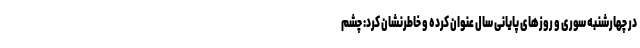
در چهارشنبه سوری و روزهای پایانی سال عنوان کرده و خاطرنشان کرد: چشم